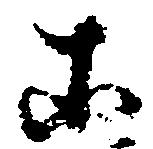
等